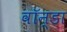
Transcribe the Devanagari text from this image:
वॉन्डा